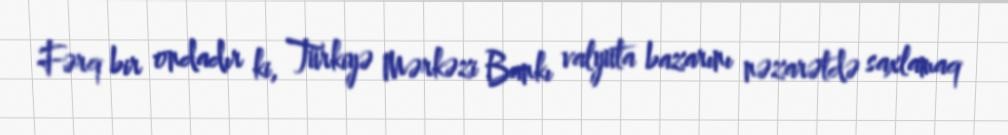
Fərq bir ondadır ki, Türkiyə Mərkəzi Bankı valyuta bazarını nəzarətdə saxlamaq